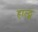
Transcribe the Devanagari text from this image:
हाल्ट्स